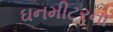
ઘનમીટરના